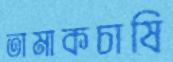
তামাকচাষি